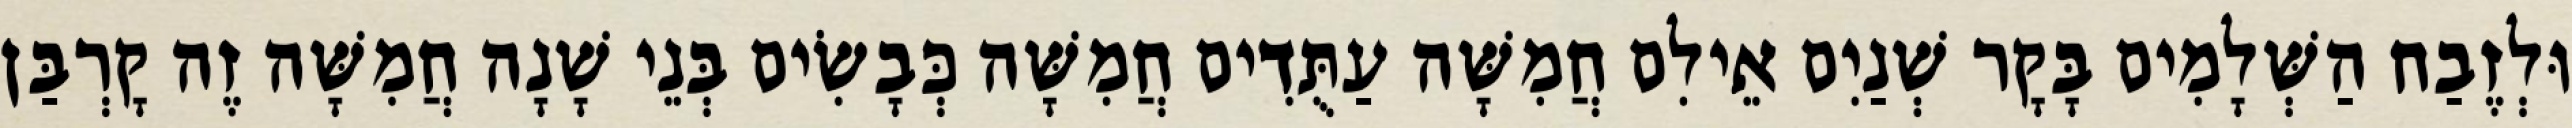
וּלְזֶבַח הַשְּׁלָמִים בָּקָר שְׁנַיִם אֵילִם חֲמִשָּׁה עַתֻּדִים חֲמִשָּׁה כְּבָשִׂים בְּנֵי שָׁנָה חֲמִשָּׁה זֶה קָרְבַּן